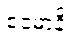
ဧဝံမာနိ